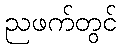
ညဖက်တွင်